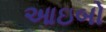
આઇબો